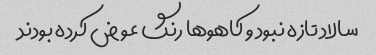
سالاد تازه نبود و کاهو‌ها رنگ عوض کرده بودند